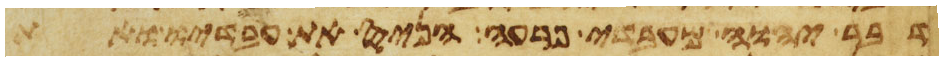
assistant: דבר יהוה מעבדי פרעה הניס את עבדיו ואת